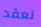
نعقد